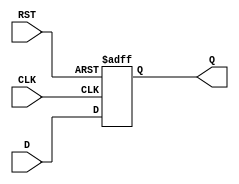
module OutputRegister #(
    parameter WIDTH = 8  // Parameter to define the width of the register
)(
    input wire [WIDTH-1:0] D,   // Data input
    input wire CLK,              // Clock input
    input wire RST,              // Asynchronous reset input
    output reg [WIDTH-1:0] Q     // Data output
);

    // Asynchronous reset and capturing data on rising edge of clock
    always @(posedge CLK or posedge RST) begin
        if (RST) begin
            Q <= {WIDTH{1'b0}};    // Clear the register to zero
        end else begin
            Q <= D;                // Capture data on rising edge of clock
        end
    end

endmodule